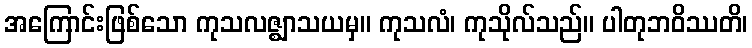
အကြောင်းဖြစ်သော ကုသလဇ္ဈာသယမှ။ ကုသလံ၊ ကုသိုလ်သည်။ ပါတုဘဝိဿတိ၊